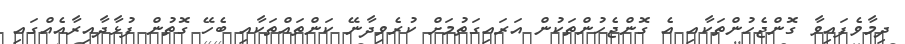
ދިމާވެފައިވާ ގޮންޖެހުންތަކާއި އެ ގޮންޖެހުންތަކުން އަރައިގަތުމަށް ކުރެވިދާނޭ ކަންތައްތަކާއި ބެހޭ ގޮތުން ފުޅާދާއިރާއެއްގައި